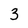
Character: 3